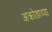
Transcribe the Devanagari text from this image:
अक्रोडाच्या